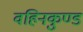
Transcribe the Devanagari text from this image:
वहिनकुण्ड